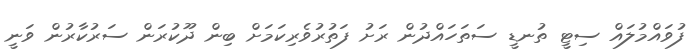
ފުވައްމުލައް ސިޓީ ތުނޑީ ސަތަހައްދުން ރަށު ފަތުރުވެރިކަމަށް ބިން ދޫކުރަން ސަރުކާރުން ވަނީ